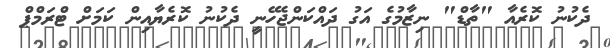
ދެކުނު ކޮރެއާ "ތާޑް" ނިޒާމުގެ އަގު ދައްކަންޖެހޭނީ ދެކުނު ކޮރެޔާއިން ކަމަށް ޓްރަމްޕް